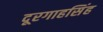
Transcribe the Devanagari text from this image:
दूरगाहसिंह